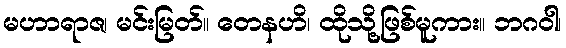
မဟာရာဇ၊ မင်းမြတ်။ တေနဟိ၊ ထိုသို့ဖြစ်မူကား။ ဘဂဝါ၊